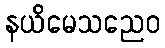
နယိမေသညေဝ